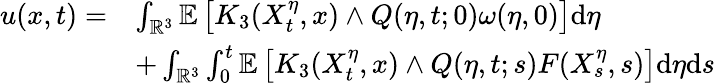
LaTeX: \begin{array}{rl}{u(x,t)=}&{\int_{\mathbb{R}^{3}}\mathbb{E}\left[K_{3}(X_{t}^{\eta},x)\wedge Q(\eta,t;0)\omega(\eta,0)\right]\mathrm{d}\eta}\\ &{+\int_{\mathbb{R}^{3}}\int_{0}^{t}\mathbb{E}\left[K_{3}(X_{t}^{\eta},x)\wedge Q(\eta,t;s)F(X_{s}^{\eta},s)\right]\mathrm{d}\eta\mathrm{d}s}\end{array}